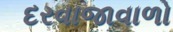
દરવાજાવાળો